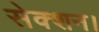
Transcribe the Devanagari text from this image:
सेक्शन।